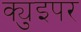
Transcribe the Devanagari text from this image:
क्युइपर